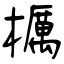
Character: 櫔